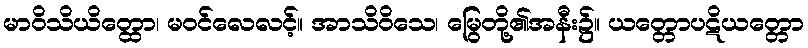
မာဝိသိယိတ္ထော၊ မဝင်လေလင့်။ အာသိဝိသေ၊ မြွေတို့၏အနီး၌။ ယတ္တောပဋိယတ္တော